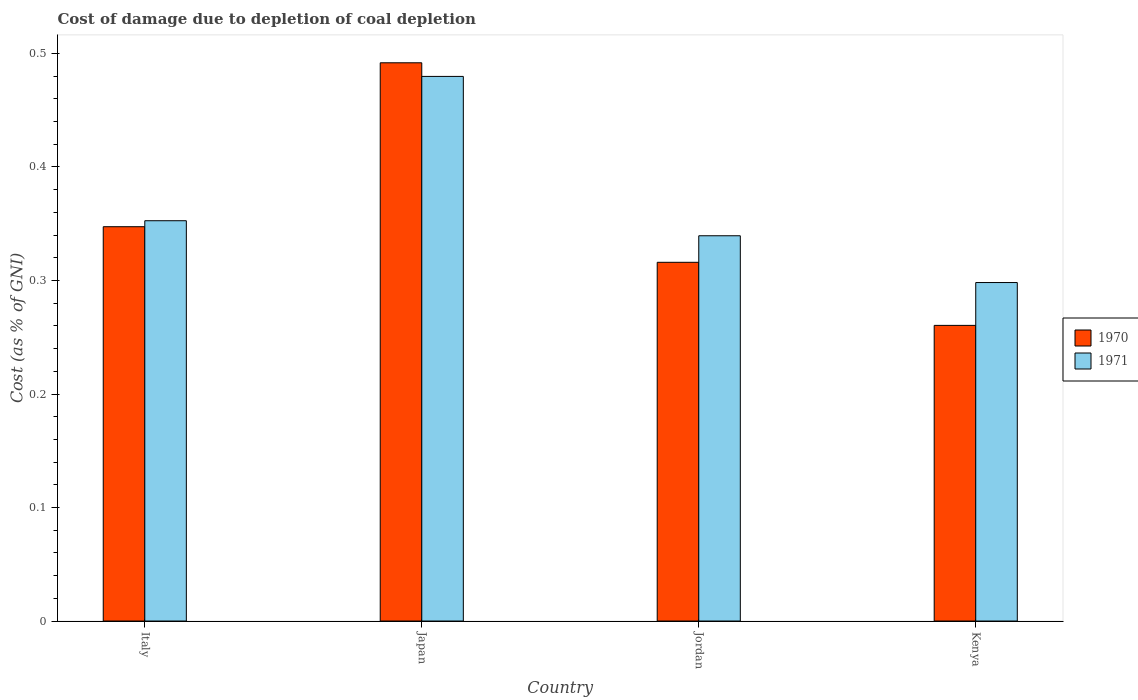
| Country | 1970 | 1971 |
 | --- | --- | --- |
 | Italy | 0.347 | 0.353 |
 | Japan | 0.492 | 0.48 |
 | Jordan | 0.316 | 0.339 |
 | Kenya | 0.26 | 0.298 |